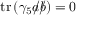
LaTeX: \operatorname { t r } \left( \gamma _ { 5 } { a \! \! \! / } { b \! \! \! / } \right) = 0